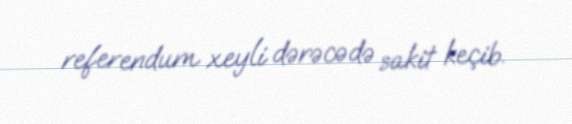
referendum xeyli dərəcədə sakit keçib.